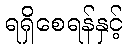
ရရှိစေရန်နှင့်